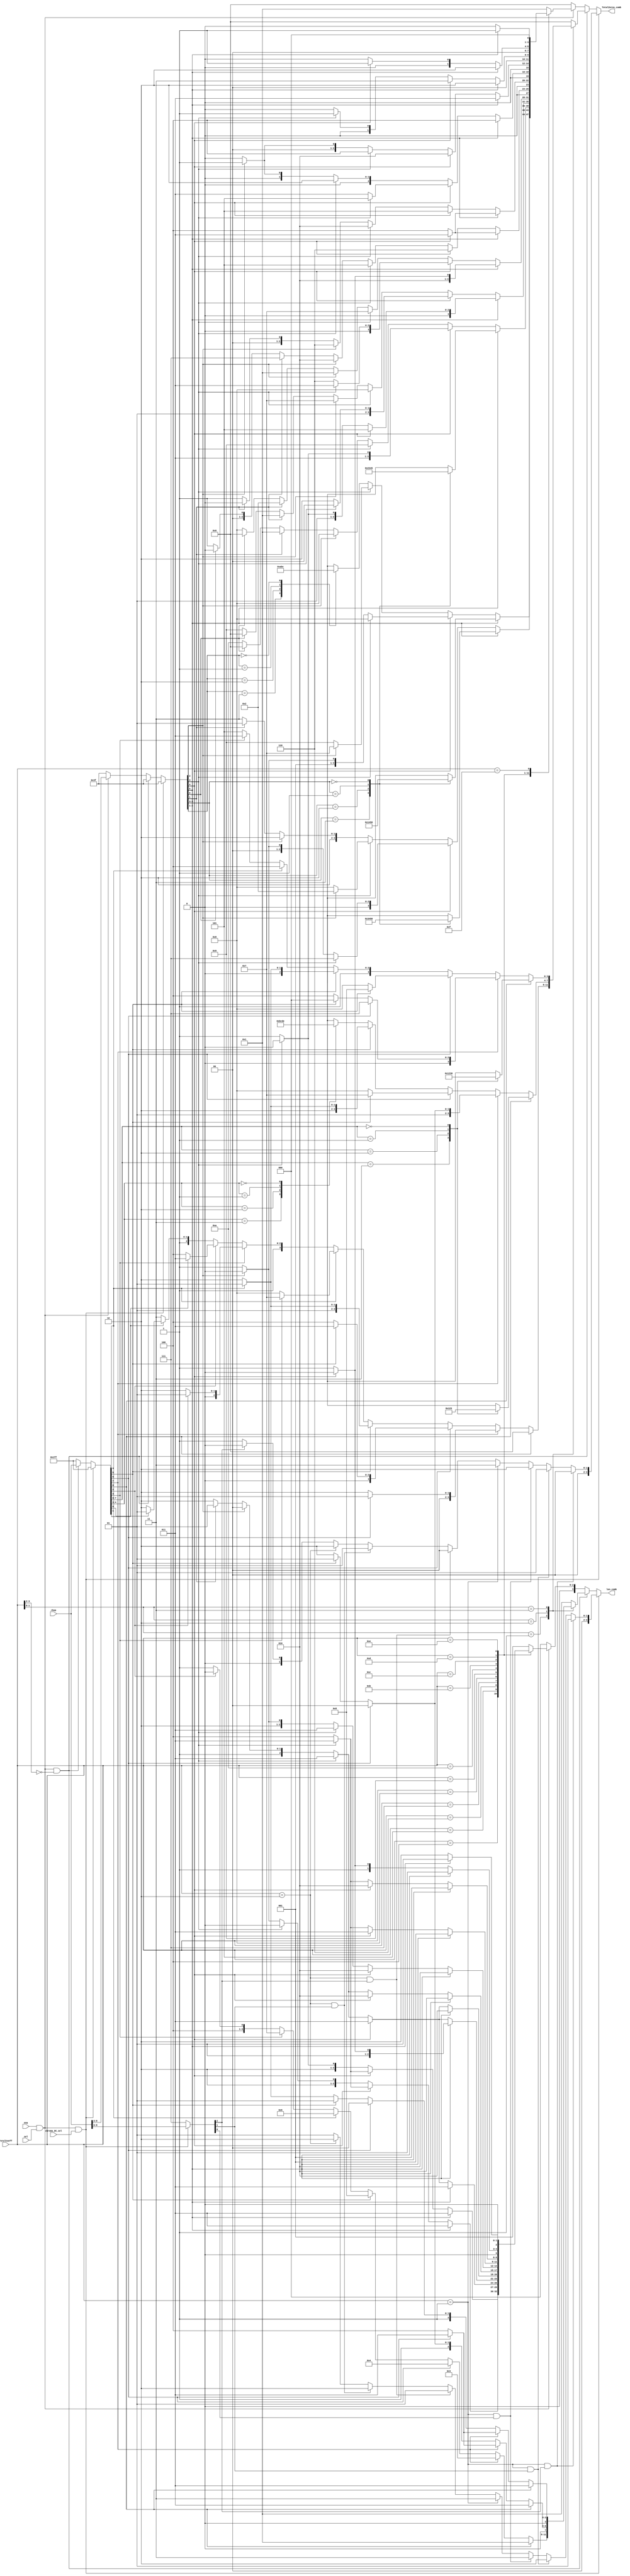
module cavlc_read_total_zeros
(
    ena,
    sel,
    chroma_DC_sel,
    rbsp,
    TotalCoeff,
    TotalZeros_comb,
    len_comb
);
//------------------------
//ports
//------------------------
input   ena;
input   sel;
input   chroma_DC_sel;
input   [0:8]   rbsp;
input   [3:0]   TotalCoeff;

output  [3:0]   TotalZeros_comb;
output  [3:0]   len_comb;

//-------------------------
//rregs
//-------------------------
reg     [3:0]   TotalZeros_comb;    //TotalZeros will be saved as ZeroLeft in module cavlc_read_run_befores 
reg     [3:0]   len_comb;


//for  chroma_DC
reg     [0:2]   rbsp_chroma_DC;         
reg     [1:0]   TotalZeros_chroma_DC;
reg     [1:0]   len_chroma_DC;

//for TotalCoeff <= 3
reg     [0:8]   rbsp_LE3;       
reg     [3:0]   TotalZeros_LE3;
reg     [3:0]   len_LE3;

//for TotalCoeff > 3
reg     [0:5]   rbsp_G3;        
reg     [3:0]   TotalZeros_G3;
reg     [2:0]   len_G3;


//----------------------------------------
//input mux
//----------------------------------------
always @(*)
if (ena && sel && chroma_DC_sel) begin
    rbsp_chroma_DC  <= rbsp[0:2];
    rbsp_LE3        <= 'hffff;
    rbsp_G3         <= 'hffff;
end
else if (ena && sel && TotalCoeff[3:2] == 2'b00) begin
    rbsp_chroma_DC  <= 'hffff;
    rbsp_LE3        <= rbsp[0:8];
    rbsp_G3         <= 'hffff;
end
else if (ena && sel)begin
    rbsp_chroma_DC  <= 'hffff;
    rbsp_LE3        <= 'hffff;
    rbsp_G3         <= rbsp[0:5];
end
else begin
    rbsp_chroma_DC  <= 'hffff;
    rbsp_LE3        <= 'hffff;
    rbsp_G3         <= 'hffff;
end

//----------------------------------------
//TotalZeros_chroma_DC & len_chroma_DC
//----------------------------------------
always @(*)
if ( TotalCoeff == 1 && rbsp_chroma_DC[0] ) begin
    TotalZeros_chroma_DC    <= 0;
    len_chroma_DC           <= 1;
end
else if ( TotalCoeff == 1 && rbsp_chroma_DC[1] ) begin
    TotalZeros_chroma_DC    <= 1;
    len_chroma_DC           <= 2;
end
else if ( TotalCoeff == 1 && rbsp_chroma_DC[2] ) begin
    TotalZeros_chroma_DC    <= 2;
    len_chroma_DC           <= 3;
end
else if ( TotalCoeff == 1 ) begin
    TotalZeros_chroma_DC    <= 3;
    len_chroma_DC           <= 3;
end
else if ( TotalCoeff == 2 && rbsp_chroma_DC[0] ) begin
    TotalZeros_chroma_DC    <= 0;
    len_chroma_DC           <= 1;
end
else if ( TotalCoeff == 2 && rbsp_chroma_DC[1] ) begin
    TotalZeros_chroma_DC    <= 1;
    len_chroma_DC           <= 2;
end
else if ( TotalCoeff == 2 ) begin
    TotalZeros_chroma_DC    <= 2;
    len_chroma_DC           <= 2;
end
else if ( rbsp_chroma_DC[0] ) begin
    TotalZeros_chroma_DC    <= 0;
    len_chroma_DC           <= 1;
end
else begin
    TotalZeros_chroma_DC    <= 1;
    len_chroma_DC           <= 1;
end


//---------------------------------
//TotalZeros_LE3 & len_LE3
//---------------------------------
always @(rbsp_LE3 or TotalCoeff)
case (TotalCoeff[1:0])
1 :begin
    case(1'b1)
    rbsp_LE3[0] : begin
        TotalZeros_LE3  <= 0;
        len_LE3         <= 1;   
    end
    rbsp_LE3[1] : begin
        len_LE3         <= 3;
        if (rbsp_LE3[2])
            TotalZeros_LE3  <= 1;
        else
            TotalZeros_LE3  <= 2;
    end
    rbsp_LE3[2] : begin
        len_LE3         <= 4;
        if (rbsp_LE3[3])
            TotalZeros_LE3  <= 3;
        else
            TotalZeros_LE3  <= 4;
    end
    rbsp_LE3[3] : begin
        len_LE3         <= 5;
        if (rbsp_LE3[4])
            TotalZeros_LE3  <= 5;
        else
            TotalZeros_LE3  <= 6;
    end
    rbsp_LE3[4] : begin
        len_LE3         <= 6;
        if (rbsp_LE3[5])
            TotalZeros_LE3  <= 7;
        else
            TotalZeros_LE3  <= 8;
    end
    rbsp_LE3[5] : begin
        len_LE3         <= 7;
        if (rbsp_LE3[6])
            TotalZeros_LE3  <= 9;
        else
            TotalZeros_LE3  <= 10;
    end
    rbsp_LE3[6] : begin
        len_LE3         <= 8;
        if (rbsp_LE3[7])
            TotalZeros_LE3  <= 11;
        else
            TotalZeros_LE3  <= 12;
    end
    rbsp_LE3[7] : begin
        len_LE3         <= 9;
        if (rbsp_LE3[8])
            TotalZeros_LE3  <= 13;
        else
            TotalZeros_LE3  <= 14;
    end
    default : begin
        len_LE3         <= 9;
        TotalZeros_LE3  <= 15;
    end
    endcase
end
2 : begin
    case(1'b1)
    rbsp_LE3[0] : begin
        len_LE3 <= 3;
        case(rbsp_LE3[1:2])
        'b11 :  TotalZeros_LE3  <= 0;
        'b10 :  TotalZeros_LE3  <= 1;
        'b01 :  TotalZeros_LE3  <= 2;
        'b00 :  TotalZeros_LE3  <= 3;
        endcase
    end
    rbsp_LE3[1] : begin
        if (rbsp_LE3[2]) begin
            TotalZeros_LE3  <= 4;
            len_LE3         <= 3;
        end
        else begin
            len_LE3         <= 4;
            if (rbsp_LE3[3])
                TotalZeros_LE3  <= 5;
            else
                TotalZeros_LE3  <= 6;
        end
    end
    rbsp_LE3[2] : begin
        len_LE3         <= 4;
        if (rbsp_LE3[3])
            TotalZeros_LE3  <= 7;
        else
            TotalZeros_LE3  <= 8;
    end
    rbsp_LE3[3] : begin
        len_LE3         <= 5;
        if (rbsp_LE3[4])
            TotalZeros_LE3  <= 9;
        else
            TotalZeros_LE3  <= 10;
    end
    default : begin
        len_LE3 <= 6;
        case(rbsp_LE3[4:5])
        'b11 :  TotalZeros_LE3  <= 11;
        'b10 :  TotalZeros_LE3  <= 12;
        'b01 :  TotalZeros_LE3  <= 13;
        'b00 :  TotalZeros_LE3  <= 14;
        endcase
    end
    endcase
end
3 : begin
    case(1'b1)
    rbsp_LE3[0] : begin
        len_LE3 <= 3;
        case(rbsp_LE3[1:2])
        'b11 :  TotalZeros_LE3  <= 1;
        'b10 :  TotalZeros_LE3  <= 2;
        'b01 :  TotalZeros_LE3  <= 3;
        'b00 :  TotalZeros_LE3  <= 6;
        endcase
    end
    rbsp_LE3[1] : begin
        if (rbsp_LE3[2]) begin
            TotalZeros_LE3  <= 7;
            len_LE3         <= 3;
        end
        else begin
            len_LE3         <= 4;
            if (rbsp_LE3[3])
                TotalZeros_LE3  <= 0;
            else
                TotalZeros_LE3  <= 4;
        end
    end
    rbsp_LE3[2] : begin
        len_LE3         <= 4;
        if (rbsp_LE3[3])
            TotalZeros_LE3  <= 5;
        else
            TotalZeros_LE3  <= 8;
    end
    rbsp_LE3[3] : begin
        len_LE3         <= 5;
        if (rbsp_LE3[4])
            TotalZeros_LE3  <= 9;
        else
            TotalZeros_LE3  <= 10;
    end
    rbsp_LE3[4] : begin
        len_LE3         <= 5;
        TotalZeros_LE3  <= 12;
    end
    default : begin
        len_LE3 <= 6;
        if(rbsp_LE3[5])
            TotalZeros_LE3  <= 11;
        else
            TotalZeros_LE3  <= 13;      
    end
    endcase
end
default : begin
    len_LE3         <= 'b1;
    TotalZeros_LE3  <= 'b0;
end
endcase

//---------------------------------
//TotalZeros_G3 & len_G3
//---------------------------------
always @(rbsp_G3 or TotalCoeff)
case (TotalCoeff)
4 : begin
    case(1'b1)
    rbsp_G3[0] : begin
        len_G3  <= 3;
        case(rbsp_G3[1:2])
        'b11 :  TotalZeros_G3   <= 1;
        'b10 :  TotalZeros_G3   <= 4;
        'b01 :  TotalZeros_G3   <= 5;
        'b00 :  TotalZeros_G3   <= 6;
        endcase
    end
    rbsp_G3[1] : begin
        if (rbsp_G3[2]) begin
            TotalZeros_G3   <= 8;
            len_G3          <= 3;
        end
        else begin
            len_G3          <= 4;
            if (rbsp_G3[3])
                TotalZeros_G3   <= 2;
            else
                TotalZeros_G3   <= 3;
        end
    end
    rbsp_G3[2] : begin
        len_G3          <= 4;
        if (rbsp_G3[3])
            TotalZeros_G3   <= 7;
        else
            TotalZeros_G3   <= 9;
    end
    default : begin
        len_G3  <= 5;
        case(rbsp_G3[3:4])
        'b11 :  TotalZeros_G3   <= 0;
        'b10 :  TotalZeros_G3   <= 10;
        'b01 :  TotalZeros_G3   <= 11;
        'b00 :  TotalZeros_G3   <= 12;
        endcase
    end
    endcase
end
5 :begin
    case(1'b1)
    rbsp_G3[0] : begin
        len_G3  <= 3;
        case(rbsp_G3[1:2])
        'b11 :  TotalZeros_G3   <= 3;
        'b10 :  TotalZeros_G3   <= 4;
        'b01 :  TotalZeros_G3   <= 5;
        'b00 :  TotalZeros_G3   <= 6;
        endcase
    end
    rbsp_G3[1] : begin
        if (rbsp_G3[2]) begin
            TotalZeros_G3   <= 7;
            len_G3          <= 3;
        end
        else begin
            len_G3          <= 4;
            if (rbsp_G3[3])
                TotalZeros_G3   <= 0;
            else
                TotalZeros_G3   <= 1;
        end
    end
    rbsp_G3[2] : begin
        len_G3          <= 4;
        if (rbsp_G3[3])
            TotalZeros_G3   <= 2;
        else
            TotalZeros_G3   <= 8;
    end
    rbsp_G3[3] : begin
        len_G3          <= 4;
        TotalZeros_G3   <= 10;
    end
    default : begin
        len_G3  <= 5;
        if (rbsp_G3[4])
            TotalZeros_G3   <= 9;
        else
            TotalZeros_G3   <= 11;
    end
    endcase
end
6 : begin
    case(1'b1)
    rbsp_G3[0] : begin
        len_G3  <= 3;
        case(rbsp_G3[1:2])
        'b11 :  TotalZeros_G3   <= 2;
        'b10 :  TotalZeros_G3   <= 3;
        'b01 :  TotalZeros_G3   <= 4;
        'b00 :  TotalZeros_G3   <= 5;
        endcase
    end
    rbsp_G3[1] : begin
        len_G3          <= 3;
        if (rbsp_G3[2])
            TotalZeros_G3   <= 6;
        else
            TotalZeros_G3   <= 7;
    end
    rbsp_G3[2] : begin
        len_G3          <= 3;
        TotalZeros_G3   <= 9;
    end
    rbsp_G3[3] : begin
        len_G3          <= 4;
        TotalZeros_G3   <= 8;
    end
    rbsp_G3[4] : begin
        len_G3          <= 5;
        TotalZeros_G3   <= 1;
    end
    default : begin
        len_G3  <= 6;
        if (rbsp_G3[5])
            TotalZeros_G3   <= 0;
        else
            TotalZeros_G3   <= 10;
    end
    endcase
end
7 :begin
    case(1'b1)
    rbsp_G3[0] : begin
        if (rbsp_G3[1]) begin
            TotalZeros_G3   <= 5;
            len_G3          <= 2;
        end
        else begin
            len_G3          <= 3;
            if (rbsp_G3[2])
                TotalZeros_G3   <= 2;
            else
                TotalZeros_G3   <= 3;
        end
    end
    rbsp_G3[1] : begin
        len_G3  <= 3;
        if (rbsp_G3[2])
            TotalZeros_G3   <= 4;
        else
            TotalZeros_G3   <= 6;
    end
    rbsp_G3[2] : begin
        len_G3          <= 3;
        TotalZeros_G3   <= 8;
    end
    rbsp_G3[3] : begin
        len_G3          <= 4;
        TotalZeros_G3   <= 7;
    end
    rbsp_G3[4] : begin
        len_G3          <= 5;
        TotalZeros_G3   <= 1;
    end
    default : begin
        len_G3          <= 6;
        if (rbsp_G3[5])
            TotalZeros_G3   <= 0;
        else
            TotalZeros_G3   <= 9;
    end
    endcase
end
8 :begin
    case(1'b1)
    rbsp_G3[0] : begin
        len_G3          <= 2;
        if (rbsp_G3[1]) 
            TotalZeros_G3   <= 4;
        else 
            TotalZeros_G3   <= 5;
    end
    rbsp_G3[1] : begin
        len_G3          <= 3;
        if (rbsp_G3[2]) 
            TotalZeros_G3   <= 3;
        else 
            TotalZeros_G3   <= 6;
    end
    rbsp_G3[2] : begin
        len_G3          <= 3;
        TotalZeros_G3   <= 7;
    end
    rbsp_G3[3] : begin
        len_G3          <= 4;
        TotalZeros_G3   <= 1;
    end
    rbsp_G3[4] : begin
        len_G3          <= 5;
        TotalZeros_G3   <= 2;
    end
    default : begin
        len_G3          <= 6;
        if (rbsp_G3[5])
            TotalZeros_G3   <= 0;
        else
            TotalZeros_G3   <= 8;
    end
    endcase
end
9 : begin
    case(1'b1)
    rbsp_G3[0] : begin
        len_G3          <= 2;
        if (rbsp_G3[1]) 
            TotalZeros_G3   <= 3;
        else 
            TotalZeros_G3   <= 4;
    end
    rbsp_G3[1] : begin
        len_G3          <= 2;
        TotalZeros_G3   <= 6;
    end
    rbsp_G3[2] : begin
        len_G3          <= 3;
        TotalZeros_G3   <= 5;
    end
    rbsp_G3[3] : begin
        len_G3          <= 4;
        TotalZeros_G3   <= 2;
    end
    rbsp_G3[4] : begin
        len_G3          <= 5;
        TotalZeros_G3   <= 7;
    end
    default : begin
        len_G3          <= 6;
        if (rbsp_G3[5])
            TotalZeros_G3   <= 0;
        else
            TotalZeros_G3   <= 1;
    end
    endcase
end
10 : begin
    case(1'b1)
    rbsp_G3[0] : begin
        len_G3          <= 2;
        if (rbsp_G3[1]) 
            TotalZeros_G3   <= 3;
        else 
            TotalZeros_G3   <= 4;
    end
    rbsp_G3[1] : begin
        len_G3          <= 2;
        TotalZeros_G3   <= 5;
    end
    rbsp_G3[2] : begin
        len_G3          <= 3;
        TotalZeros_G3   <= 2;
    end
    rbsp_G3[3] : begin
        len_G3          <= 4;
        TotalZeros_G3   <= 6;
    end
    default : begin
        len_G3          <= 5;
        if (rbsp_G3[4])
            TotalZeros_G3   <= 0;
        else
            TotalZeros_G3   <= 1;
    end
    endcase
end
11 : begin
    case(1'b1)
    rbsp_G3[0] : begin
        len_G3          <= 1;
        TotalZeros_G3   <= 4;
    end
    rbsp_G3[1] : begin
        len_G3          <= 3;
        if (rbsp_G3[2]) 
            TotalZeros_G3   <= 5;
        else 
            TotalZeros_G3   <= 3;
    end
    rbsp_G3[2] : begin
        len_G3          <= 3;
        TotalZeros_G3   <= 2;
    end
    default : begin
        len_G3          <= 4;
        if (rbsp_G3[3])
            TotalZeros_G3   <= 1;
        else
            TotalZeros_G3   <= 0;
    end
    endcase
end
12 : begin
    case(1'b1)
    rbsp_G3[0] : begin
        len_G3          <= 1;
        TotalZeros_G3   <= 3;
    end
    rbsp_G3[1] : begin
        len_G3          <= 2;
        TotalZeros_G3   <= 2;
    end
    rbsp_G3[2] : begin
        len_G3          <= 3;
        TotalZeros_G3   <= 4;
    end
    default : begin
        len_G3          <= 4;
        if (rbsp_G3[3])
            TotalZeros_G3   <= 1;
        else
            TotalZeros_G3   <= 0;
    end
    endcase
end
13  :begin
    if (rbsp_G3[0]) begin
        TotalZeros_G3   <= 2;
        len_G3          <= 1;       
    end
    else if (rbsp_G3[1]) begin
        TotalZeros_G3   <= 3;
        len_G3          <= 2;   
    end
    else if (rbsp_G3[2]) begin
        TotalZeros_G3   <= 1;
        len_G3          <= 3;   
    end
    else begin
        TotalZeros_G3   <= 0;
        len_G3          <= 3;       
    end
end
14  : begin
    if (rbsp_G3[0]) begin
        TotalZeros_G3   <= 2;
        len_G3          <= 1;       
    end
    else if (rbsp_G3[1]) begin
        TotalZeros_G3   <= 1;
        len_G3          <= 2;   
    end
    else begin
        TotalZeros_G3   <= 0;
        len_G3          <= 2;       
    end
end
15  : begin
    len_G3  <= 1;
    if (rbsp_G3[0])
        TotalZeros_G3   <= 1;
    else
        TotalZeros_G3   <= 0;
end
default : begin
    len_G3          <= 'b1;
    TotalZeros_G3   <= 'b1;
end
endcase

//---------------------------------
//TotalZeros_comb & len_comb
//---------------------------------
always @(*)
if (ena && sel && chroma_DC_sel) begin
    TotalZeros_comb     <= TotalZeros_chroma_DC;
    len_comb            <= len_chroma_DC;
end
else if (ena && sel && TotalCoeff[3:2] == 2'b00) begin
    TotalZeros_comb     <= TotalZeros_LE3;
    len_comb            <= len_LE3;
end
else if (ena && sel)begin
    TotalZeros_comb     <= TotalZeros_G3;
    len_comb            <= len_G3;
end
else begin
    TotalZeros_comb     <= 0;
    len_comb            <= 0;
end


endmodule